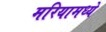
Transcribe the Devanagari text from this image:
मरियामध्ये